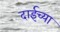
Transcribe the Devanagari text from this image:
दाईच्या